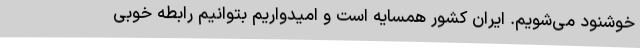
خوشنود می‌شویم. ایران کشور همسایه است و امیدواریم بتوانیم رابطه خوبی